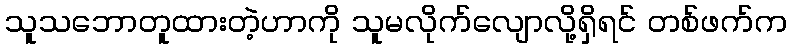
သူသဘောတူထားတဲ့ဟာကို သူမလိုက်လျောလို့ရှိရင် တစ်ဖက်က